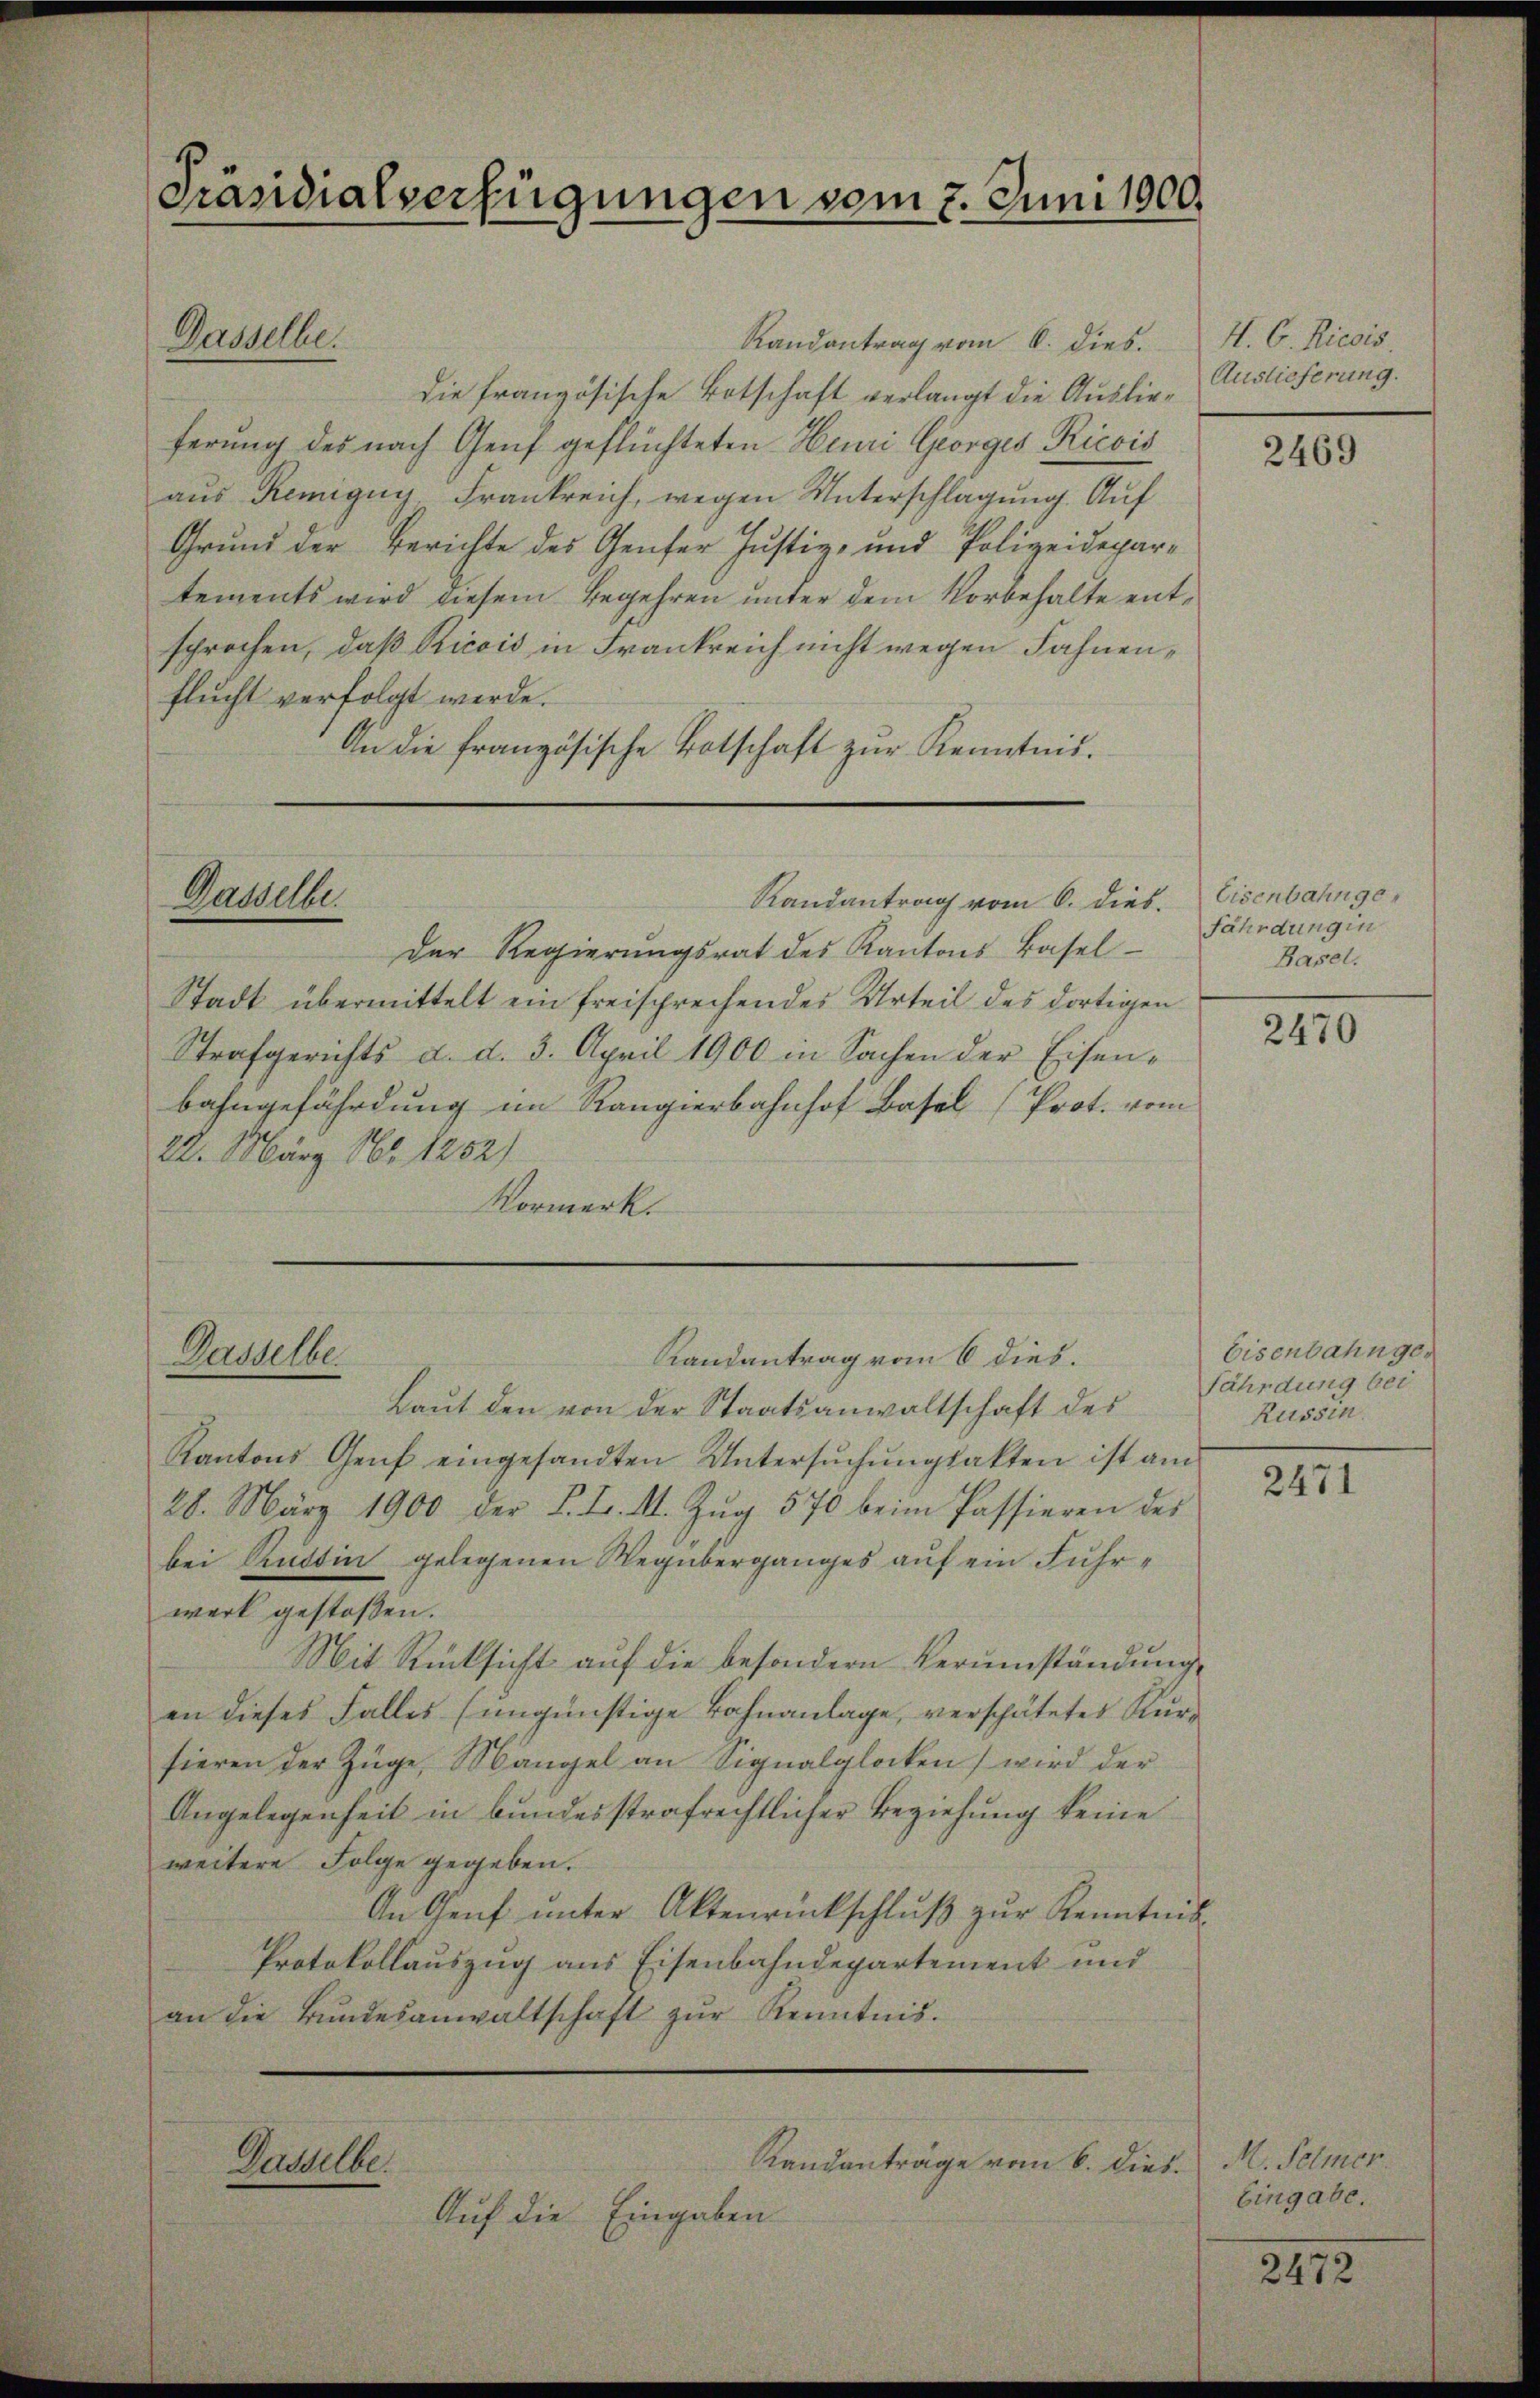
Präsidialverfügungen vom 7. Juni 1900.

Dasselbe.

Randantrag vom 6. dies.
die französische Botschaft verlangt die Auslieferung des nach Genf geflüchteten Heuri Georges Ricois
aus Remigny, Frankreich, wegen Unterschlagung. Auf
Grund der Berichte des Genfer Justiz- und Polizeidepartements wird diesem Begehren unter dem Vorbehalte entsprochen, daß Ricois in Frankreich nicht wegen Fahnenflucht verfolgt werde.
An die französische Botschaft zŭr Kenntnis.

Der Regierungsrat des Kantons Basel-
Stadt übermittelt ein freisprechendes Urteil des dortigen
Strafgerichts d. d. 3. April 1900 in Sachen der Eisenbahngefährdung im Rangierbahnhof Basel (Prot. vom
22. März 184. 1252)
Vormerk.

Dasselbe.

Dasselbe

Dasselbe.

Randantrag vom 6. dies. Eisenbahnge¬

Randantrag vom 6 dies.

Laut den von der Staatsanwaltschaft des
Kantons Genf eingesandten Untersuchungsakten ist am
28. März 1900 der L. F. II. Zŭg 570 beim Passieren des
bei Rüdtin gelegenen Wegüberganges auf ein Fuhrwerk gestoßen.
Mit Rücksicht auf die besondern Verumständung
an dieses Falles (ungünstige Bahnanlage, verspätetes Kurfieren der Züge, Mängel an Signalglocken) wird der
Angelegenheit in bundesstrafrechtlicher Beziehung keine
weitere Folge gegeben.
An Genf unter Aktenrückschluß zur Kenntnis¬
Protokollauszug aus Eisenbahndepartement und
an die Bŭndesanwaltschaft zŭr Kenntnis.

Auf die Eingaben

Randanträge vom 6. dies. M. Semer

H. C. Ricois,
Auslieferung.

2469

Fährdung in
Basel.

2470

Eisenbahngefährdung bei
Russin.

2471

Eingabe.

2472